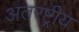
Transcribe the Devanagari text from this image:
अतरष्ट्रीय